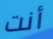
أنت